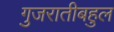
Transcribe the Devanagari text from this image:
गुजरातीबहुल